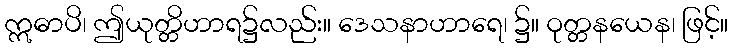
ဣဓာပိ၊ ဤယုတ္တိဟာရ၌လည်း။ ဒေသနာဟာရေ၊ ၌။ ဝုတ္တနယေန၊ ဖြင့်။